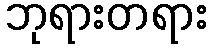
ဘုရားတရား